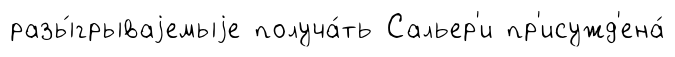
разы́грываjемыjе получа́ть Сальер'и пр'исужд'ена́